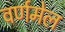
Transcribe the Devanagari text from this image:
वर्णमेल